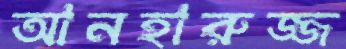
আনহারুজ্জ